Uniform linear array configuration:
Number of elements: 48
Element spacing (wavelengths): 0.75
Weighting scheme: hann
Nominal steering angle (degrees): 60
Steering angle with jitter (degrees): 58.402
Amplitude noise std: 0.05
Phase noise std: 0.05

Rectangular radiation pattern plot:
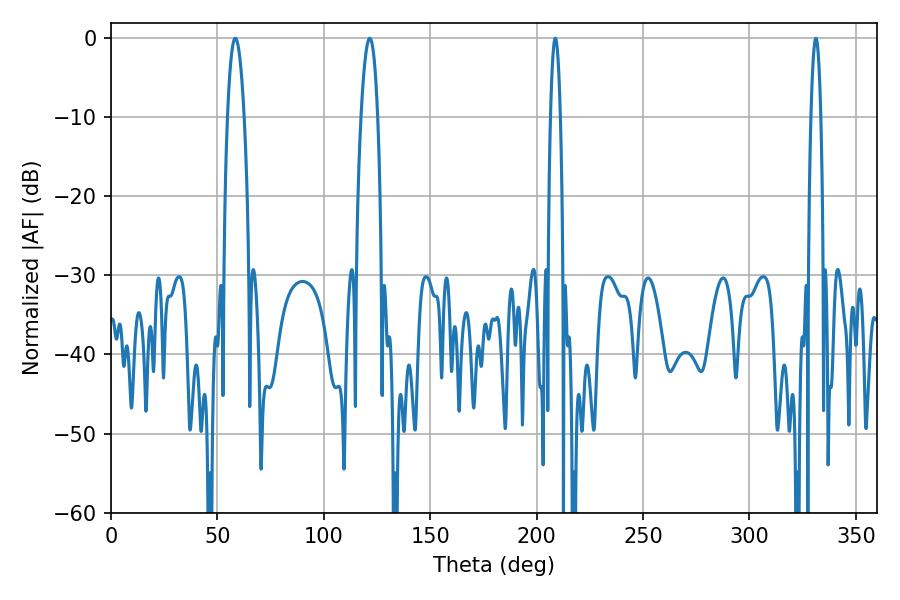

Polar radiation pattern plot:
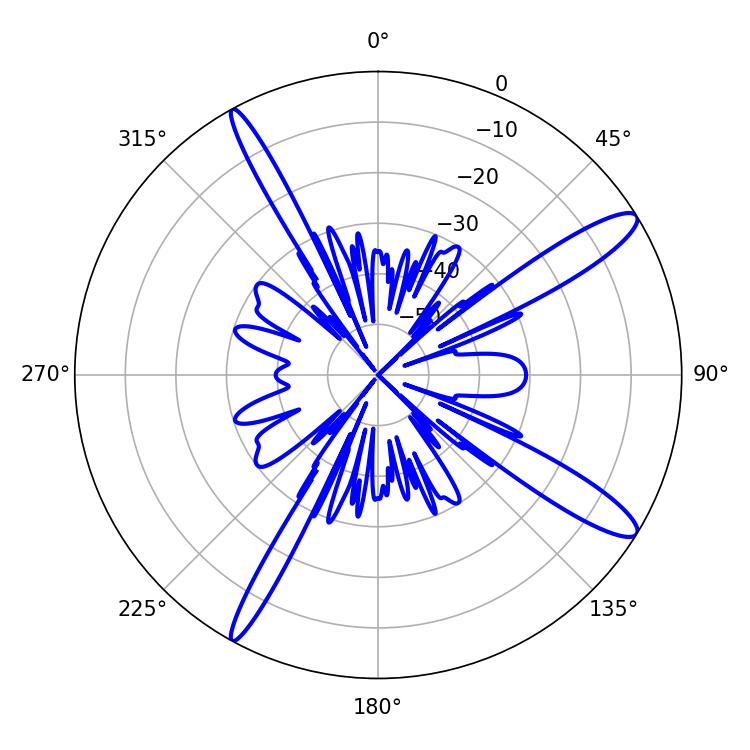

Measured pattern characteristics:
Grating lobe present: TRUE
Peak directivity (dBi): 13.354
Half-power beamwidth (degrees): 2.52
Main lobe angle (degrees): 208.8